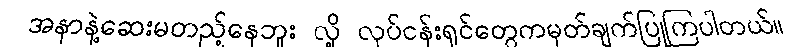
အနာနဲ့ဆေးမတည့်နေဘူး လို့ လုပ်ငန်းရှင်တွေကမှတ်ချက်ပြုကြပါတယ်။